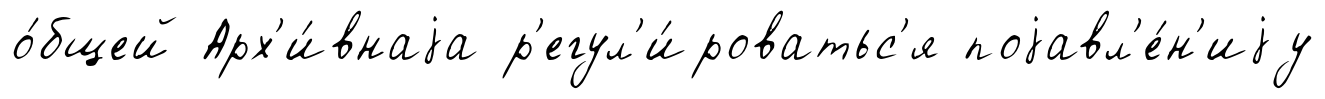
о́бщей Арх'и́внаjа р'егул'и́роватьс'я поjавл'е́н'иjу